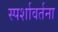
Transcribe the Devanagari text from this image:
स्पर्शावर्तना